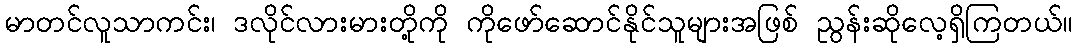
မာတင်လူသာကင်း၊ ဒလိုင်လားမားတို့ကို ကိုဖော်ဆောင်နိုင်သူများအဖြစ် ညွန်းဆိုလေ့ရှိကြတယ်။